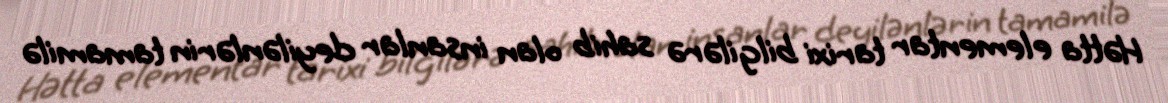
Hətta elementar tarixi bilgilərə sahib olan insanlar deyilənlərin tamamilə